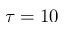
\tau = 1 0